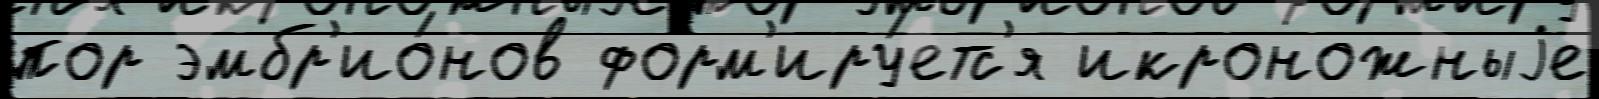
пор эмбр'ио́нов форм'иру́етс'я икроножныjе